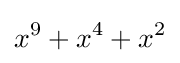
x^{9}+x^{4}+x^{2}